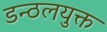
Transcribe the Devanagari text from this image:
डन्ठलयुक्त